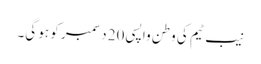
نیب ٹیم کی وطن واپسی 20 دسمبر کو ہو گی۔